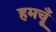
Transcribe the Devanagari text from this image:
हमचूँ